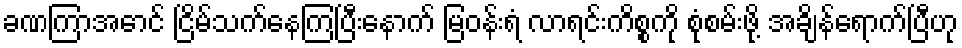
ခဏကြာအောင် ငြိမ်သက်နေကြပြီးနောက် မြဝန်းရံ လာရင်းကိစ္စကို စုံစမ်းဖို့ အချိန်ရောက်ပြီဟု